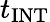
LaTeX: t_{\mathrm{INT}}